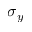
\sigma _ { y }